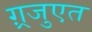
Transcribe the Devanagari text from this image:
ग़्रजुएत